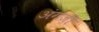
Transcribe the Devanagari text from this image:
अंगेज़ी